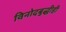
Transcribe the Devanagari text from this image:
विनोदबुद्धीही